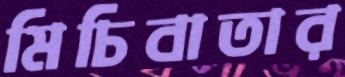
মিচিবাতার